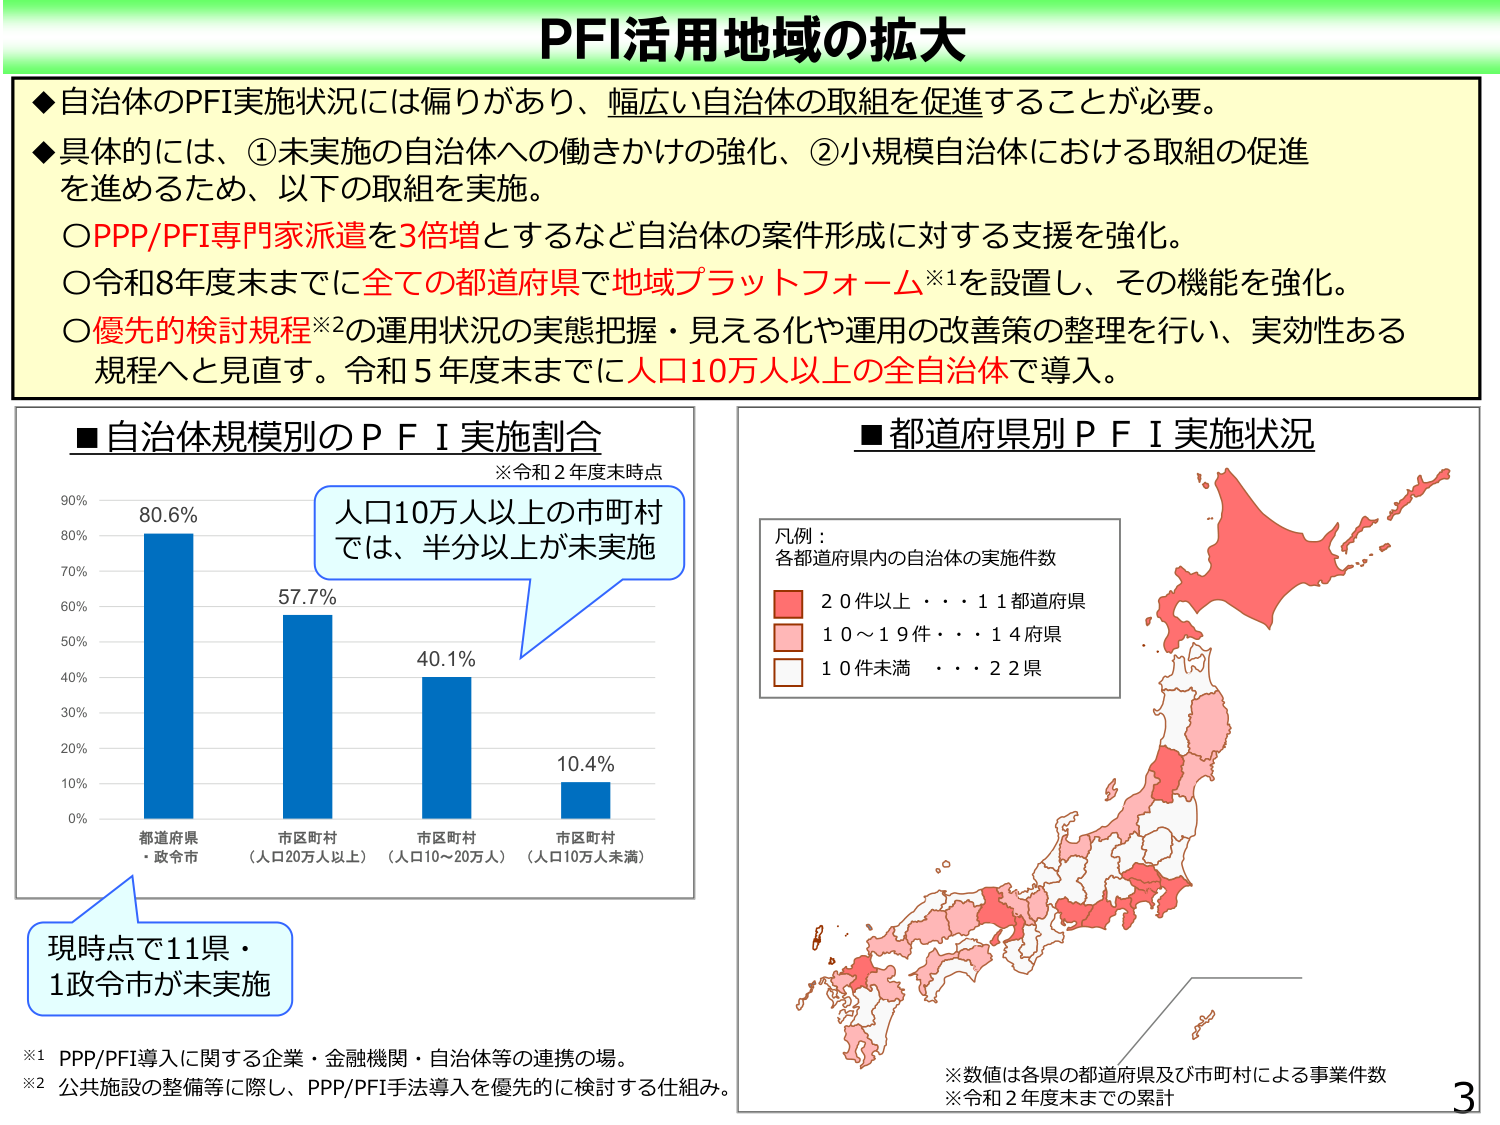
PFI活用地域の拡大

◆自治体のPFI実施状況には偏りがあり、幅広い自治体の取組を促進することが必要。
◆具体的には、①未実施の自治体への働きかけの強化、②小規模自治体における取組の促進を進めるため、以下の取組を実施。
　○PPP/PFI専門家派遣を3倍増とするなど自治体の案件形成に対する支援を強化。
　○令和8年度末までに全ての都道府県で地域プラットフォーム※1を設置し、その機能を強化。
　○優先的検討規程※2の運用状況の実態把握・見える化や運用の改善策の整理を行い、実効性ある規程へと見直す。令和5年度末までに人口10万人以上の全自治体で導入。

■自治体規模別のＰＦＩ実施割合
※令和2年度末時点

90%
80%
70%
60%
50%
40%
30%
20%
10%
0%

80.6%
57.7%
40.1%
10.4%

都道府県
・政令市
市区町村
（人口20万人以上）
市区町村
（人口10～20万人）
市区町村
（人口10万人未満）

人口10万人以上の市町村
では、半分以上が未実施

現時点で11県・
1政令市が未実施

■都道府県別ＰＦＩ実施状況

凡例：
各都道府県内の自治体の実施件数
　■ 20件以上・・・11都道府県
　■ 10～19件・・・14府県
　■ 10件未満 ・・・22県

※数値は各県の都道府県及び市町村による事業件数
※令和2年度末までの累計

※1 PPP/PFI導入に関する企業・金融機関・自治体等の連携の場。
※2 公共施設の整備等に際し、PPP/PFI手法導入を優先的に検討する仕組み。

3